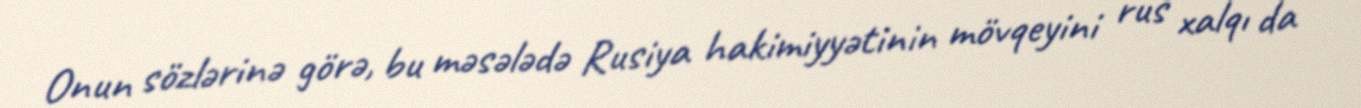
Onun sözlərinə görə, bu məsələdə Rusiya hakimiyyətinin mövqeyini rus xalqı da